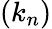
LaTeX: (k_{n})